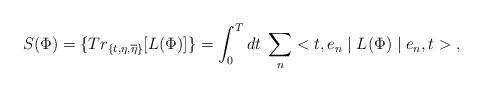
LaTeX: \begin{align*}S(\Phi )=\{Tr_{\{t,\eta ,\overline{\eta }\}}[L(\Phi )]\}=\int_0^Tdt\; \sum_n <t,e_n \mid L(\Phi )\mid e_n,t> \;,\end{align*}